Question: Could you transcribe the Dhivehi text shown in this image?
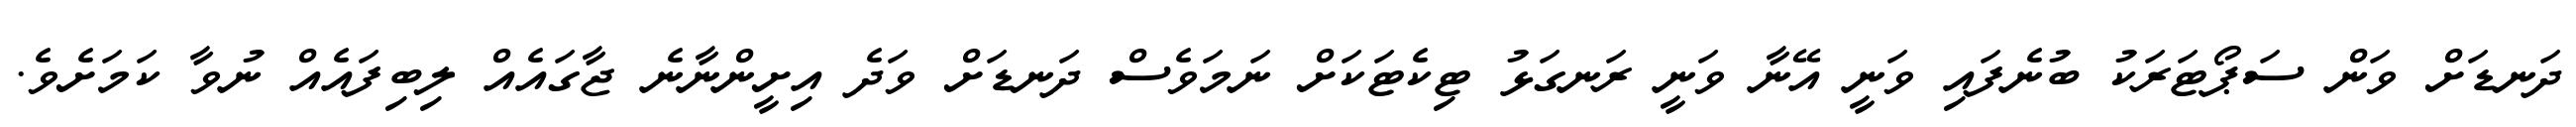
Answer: ދަނޑަށް ވަން ސަޕޯޓަރަކު ބުނެފައި ވަނީ އޭނާ ވަނީ ރަނގަޅު ޓިކެޓަކަށް ނަމަވެސް ދަނޑަށް ވަދެ އިށީންނާނެ ޖާގައެއް ލިބިފައެއް ނުވާ ކަމަށެވެ.